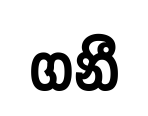
ගනී